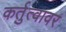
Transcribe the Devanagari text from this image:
कर्तुत्वावर